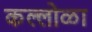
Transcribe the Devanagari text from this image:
कल्लोळा